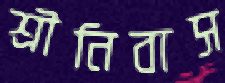
শ্রীনিবাস